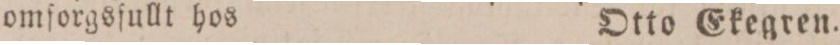
omforgsfullt hos    Otto Ekegren.